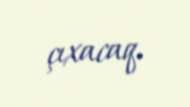
çıxacaq.